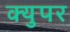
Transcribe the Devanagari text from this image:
क्युपर